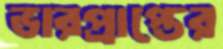
ভারপ্রাপ্তের